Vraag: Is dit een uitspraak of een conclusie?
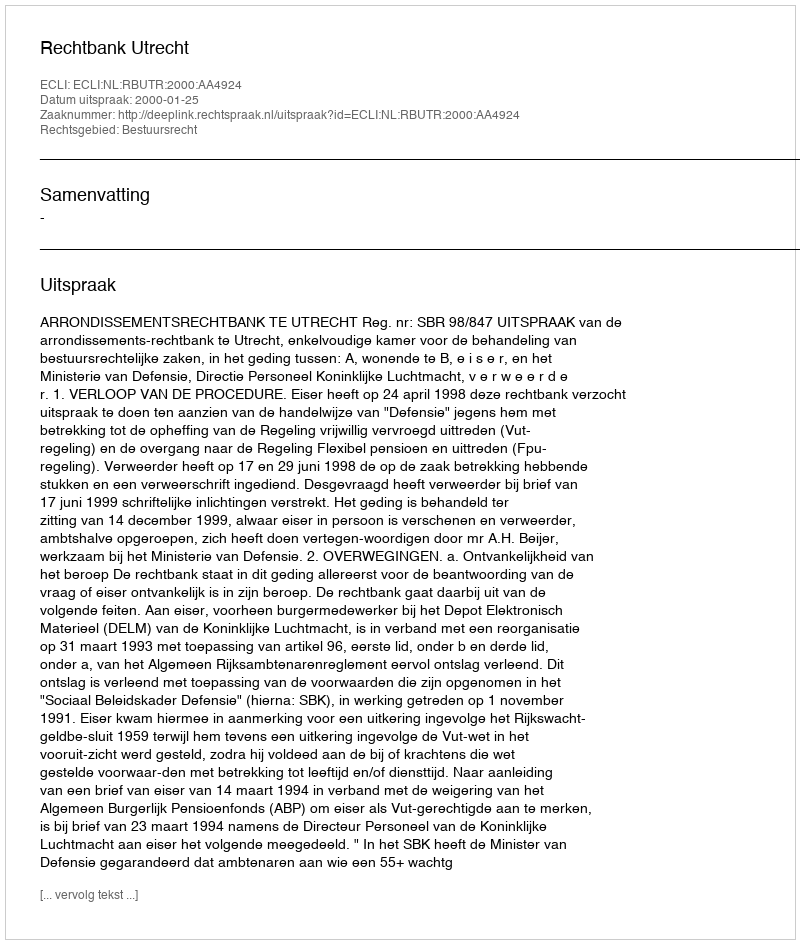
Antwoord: Uitspraak